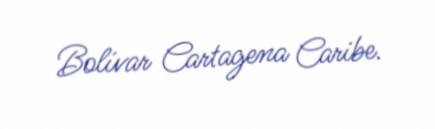
Bolívar Cartagena Caribe.